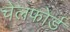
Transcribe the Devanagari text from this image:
चेलफोर्ड